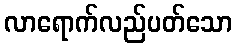
လာရောက်လည်ပတ်သော